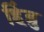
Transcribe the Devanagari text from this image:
हिंब्रु